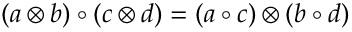
( a \otimes b ) \circ ( c \otimes d ) = ( a \circ c ) \otimes ( b \circ d )